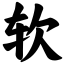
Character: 软